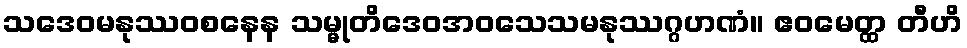
သဒေဝမနုဿဝစနေန သမ္မုတိဒေဝအဝသေသမနုဿဂ္ဂဟဏံ။ ဧဝမေတ္ထ တီဟိ